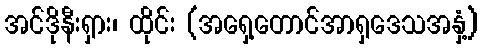
အင်ဒိုနီးရှား၊ ထိုင်း (အရှေ့တောင်အာရှဒေသအနှံ့)